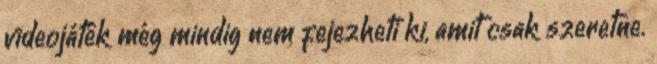
videojáték még mindig nem fejezheti ki, amit csak szeretne.